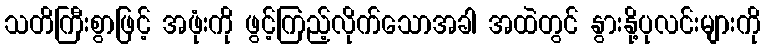
သတိကြီးစွာဖြင့် အဖုံးကို ဖွင့်ကြည့်လိုက်သောအခါ အထဲတွင် နွားနို့ပုလင်းများကို